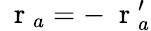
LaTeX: \mathrm{~\mathbf~r~}_{a}=-\mathrm{~\mathbf~r~}_{a}^{\prime}